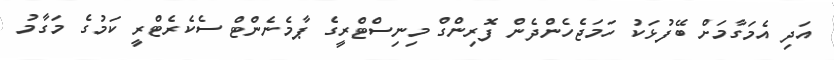
އަދި އެމަގާމަށް ބޭފުޅަކު ހަމަޖެހެންދެން ފޮރިންގް މިނިސްޓްރީގެ ޕާމެނެންޓް ސެކެރެޓްރީ ކަމުގެ މަގާމު